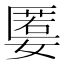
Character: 𡠷